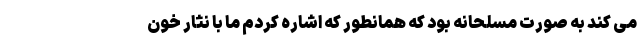
می کند به صورت مسلحانه بود که همانطور که اشاره کردم ما با نثار خون